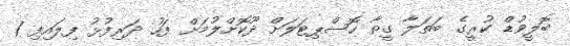
ބޮލީވުޑް ކުރީގެ ބަތަލާ ގީތާ ހޮސްޕިޓަލަށް ދޫކޮށްލުމަށް ފަހު ދަރިފުޅު ފިލައިފި 1